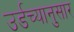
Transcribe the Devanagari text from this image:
उर्डच्यानुसार